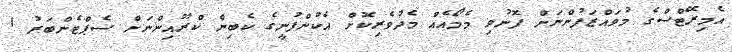
އެމިރޭޓްސްގެ މުވައްޒަފުންނަށް ފޮނުވި މެމޯއެއް މެދުވެރިކޮށް އެކުންފުނީގެ ކެބިން ކްރޫއިންނަށް ސެޕްޓެންބަރު 1